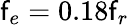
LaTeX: \mathsf{f}_{e}=0.18\mathsf{f}_{r}